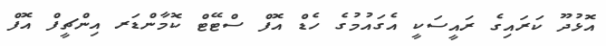
އޮޅުދޫ ކަރައިގެ ރައީސަކީ އެގައުމުގެ ހެޑް އޮފް ސްޓޭޓް ކޮމާންޑަރ އިންޗީފް އޮފް